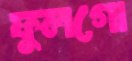
ফুলগো